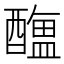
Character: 𨣎